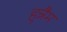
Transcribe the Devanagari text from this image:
हुन्नैम